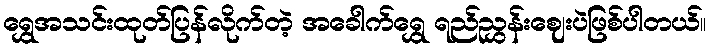
ရွှေအသင်းထုတ်ပြန်လိုက်တဲ့ အခေါက်ရွှေ ရည်ညွှန်းဈေးပဲဖြစ်ပါတယ်။